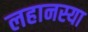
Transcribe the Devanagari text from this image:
लहानस्या